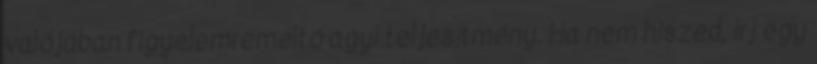
valójában figyelemreméltó agyi teljesítmény. Ha nem hiszed, írj egy